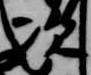
次